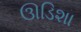
ઊડિશા